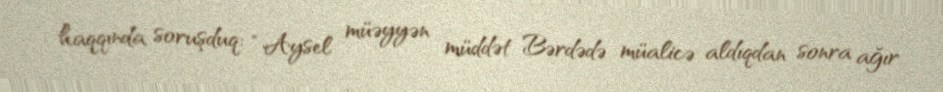
haqqında soruşduq: “Aysel müəyyən müddət Bərdədə müalicə aldıqdan sonra ağır